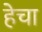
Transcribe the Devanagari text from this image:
हेचा